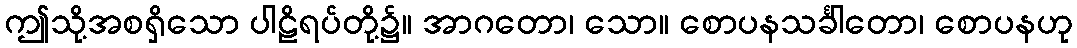
ဤသို့အစရှိသော ပါဠိရပ်တို့၌။ အာဂတော၊ သော။ စောပနသင်္ခါတော၊ စောပနဟု